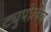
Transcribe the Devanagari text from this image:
ट्युपोलेव